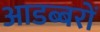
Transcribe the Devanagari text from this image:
आडब्बरों